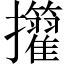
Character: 𢺜